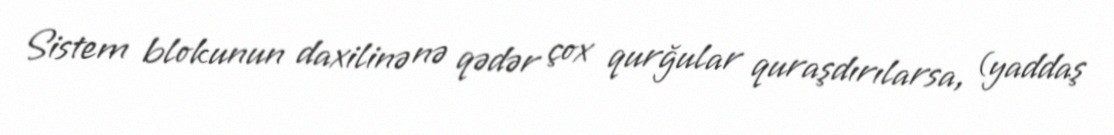
Sistem blokunun daxilinə nə qədər çox qurğular quraşdırılarsa, (yaddaş